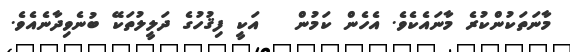
މާނަތަކުންކުރެ މާނައެކެވެ. އެހެން ކަމުން   އަކީ ފިޤުހުގެ ދަލީލުތަކޭ ބުނެވިދާނެއެވެ.